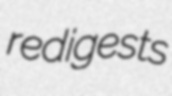
redigests